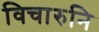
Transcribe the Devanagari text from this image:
विचारुनि